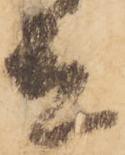
殿